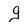
Character: g